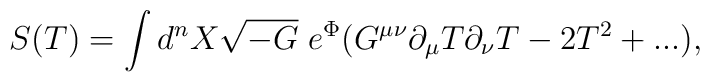
S(T)=\int d^nX\sqrt{-G}\;e^\Phi (G^{\mu\nu}\partial_\mu T\partial_\nu T-2T^2+...),